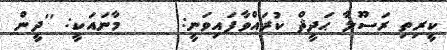
ކީރިތި ރަސޫލާ ޙަދީޘް ކުރައްވާފައިވަނީ:     މާނައަކީ: ''ދީން